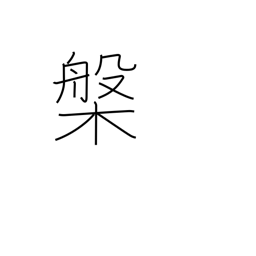
Meaning: tub